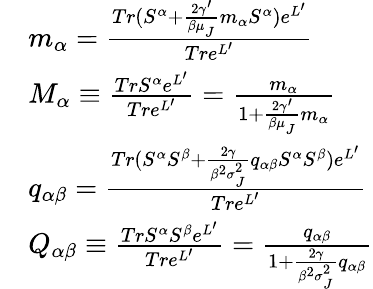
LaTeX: \begin{array}{rl}&{m_{\alpha}=\frac{Tr(S^{\alpha}+\frac{2\gamma^{\prime}}{\beta\mu_{_{J}}}m_{\alpha}S^{\alpha})e^{L^{\prime}}}{Tre^{L^{\prime}}}}\\ &{M_{\alpha}\equiv\frac{TrS^{\alpha}e^{L^{\prime}}}{Tre^{L^{\prime}}}=\frac{m_{\alpha}}{1+\frac{2\gamma^{\prime}}{\beta\mu_{_{J}}}m_{\alpha}}}\\ &{q_{\alpha\beta}=\frac{Tr(S^{\alpha}S^{\beta}+\frac{2\gamma}{\beta^{2}\sigma_{_{J}}^{2}}q_{\alpha\beta}S^{\alpha}S^{\beta})e^{L^{\prime}}}{Tre^{L^{\prime}}}}\\ &{Q_{\alpha\beta}\equiv\frac{TrS^{\alpha}S^{\beta}e^{L^{\prime}}}{Tre^{L^{\prime}}}=\frac{q_{\alpha\beta}}{1+\frac{2\gamma}{\beta^{2}\sigma_{_{J}}^{2}}q_{\alpha\beta}}}\end{array}